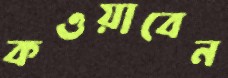
কওয়াবেন